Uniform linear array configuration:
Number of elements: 32
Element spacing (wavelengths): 0.75
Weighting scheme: hann
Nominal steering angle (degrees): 60
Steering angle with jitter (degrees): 61.329
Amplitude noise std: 0.05
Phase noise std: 0.05

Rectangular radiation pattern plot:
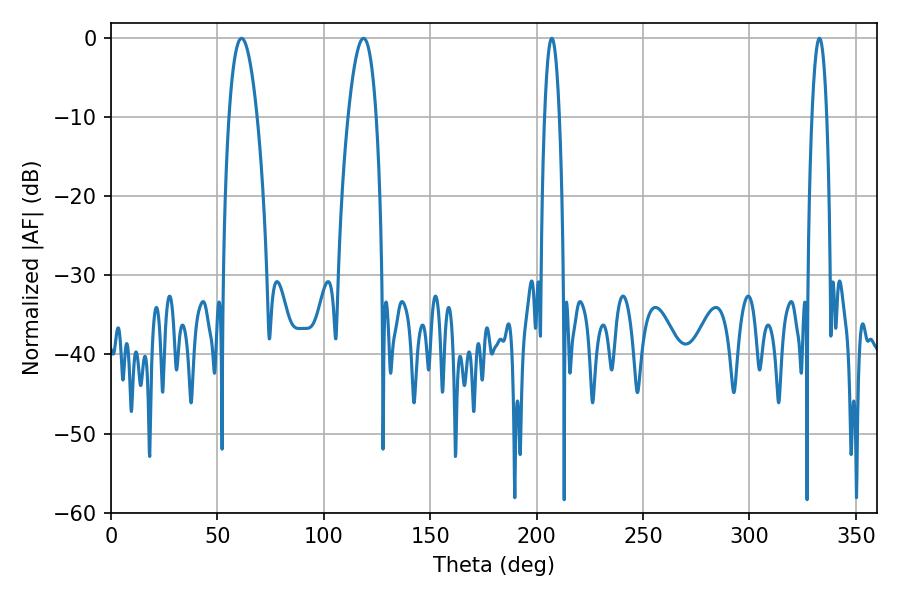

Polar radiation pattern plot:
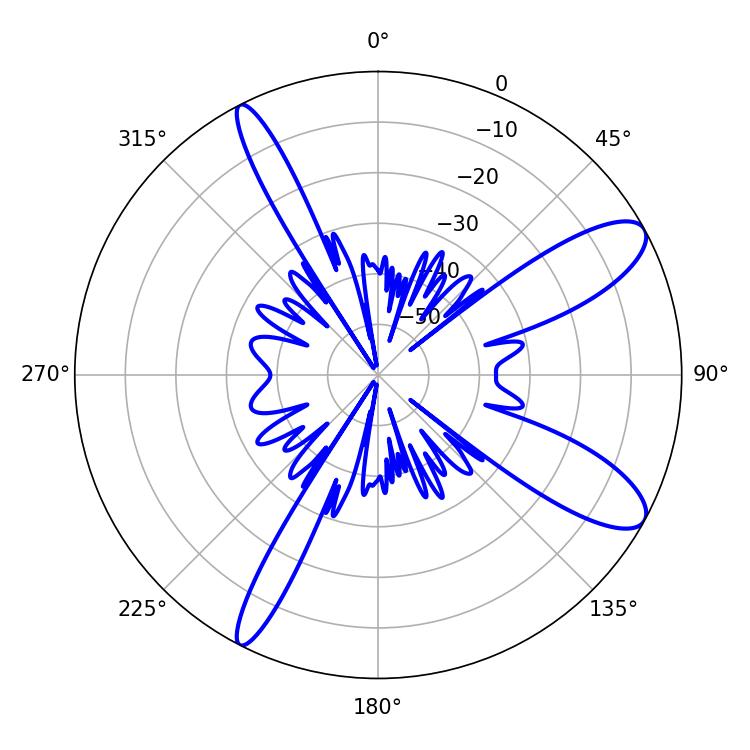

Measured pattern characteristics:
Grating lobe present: TRUE
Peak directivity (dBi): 10.592
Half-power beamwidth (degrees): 7.2
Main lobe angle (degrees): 61.38